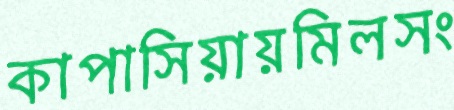
কাপাসিয়ায়মিলসং